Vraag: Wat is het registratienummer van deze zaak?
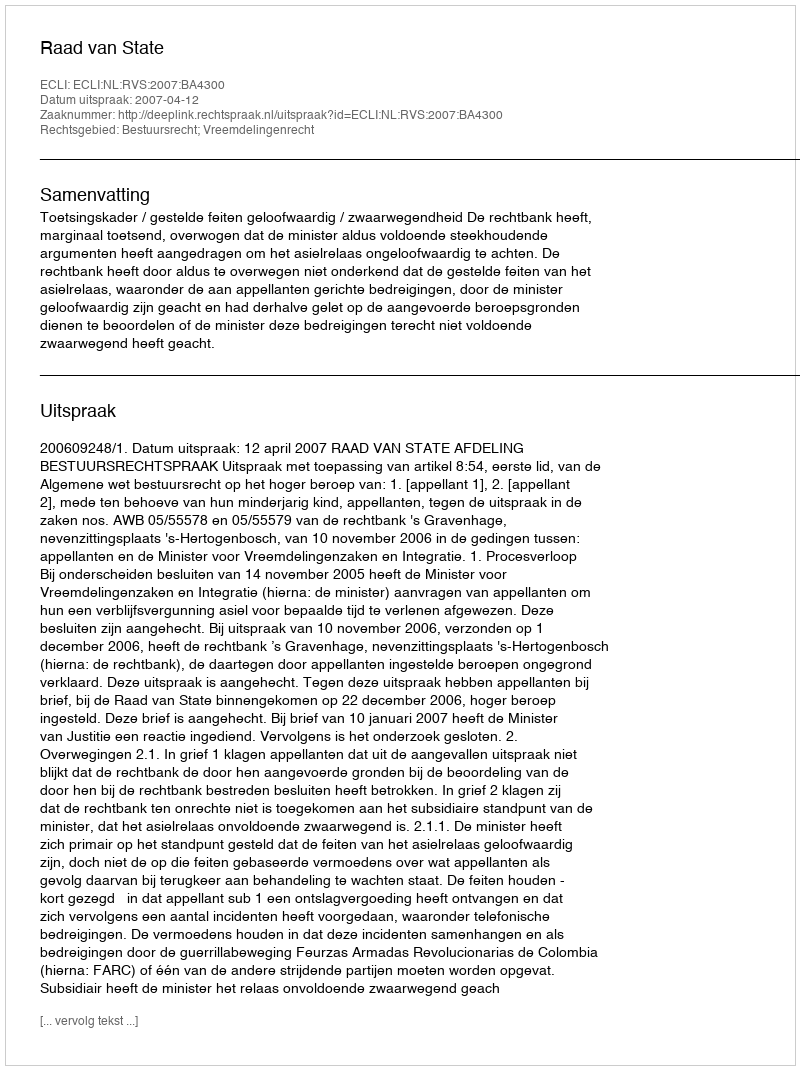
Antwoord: http://deeplink.rechtspraak.nl/uitspraak?id=ECLI:NL:RVS:2007:BA4300